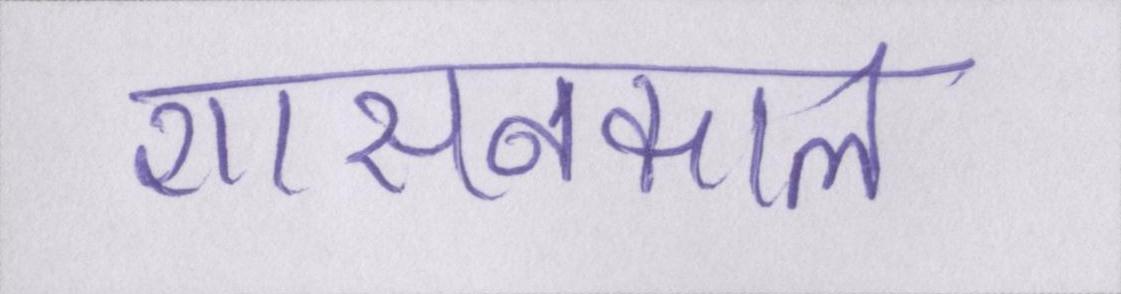
शासनकाल